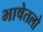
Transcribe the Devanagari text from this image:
भाषेतलो